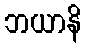
ဘယာနိ